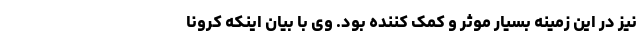
نیز در این زمینه بسیار موثر و کمک کننده بود. وی با بیان اینکه کرونا